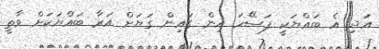
އަދި އެ ބައްޔަކީ ފަސޭހަ އިން ގައިން ގަޔަށް އަރާ ބައްޔަކަށް ވާތީ